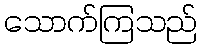
သောက်ကြသည်